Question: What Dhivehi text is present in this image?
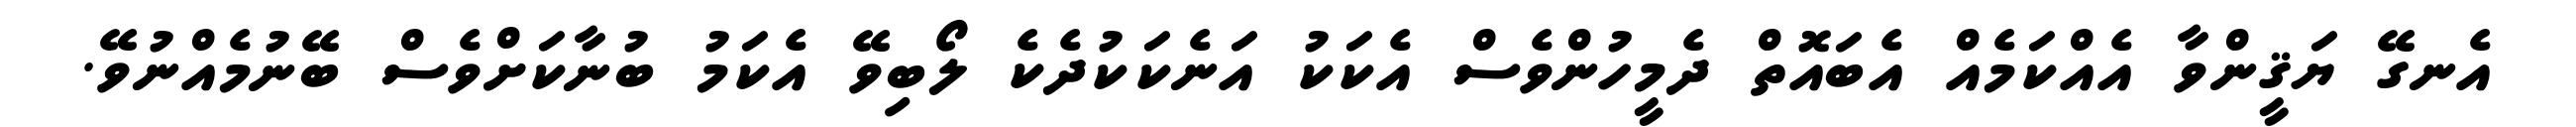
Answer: އެނގޭ ޔަޤީންވާ އެއްކަމެއް އެބައޮތް ދެމީހުންވެސް އެކަކު އަނެކަކުދެކެ ލޯބިވޭ އެކަމު ބުނާކަށްވެސް ބޭނުމެއްނުވޭ.